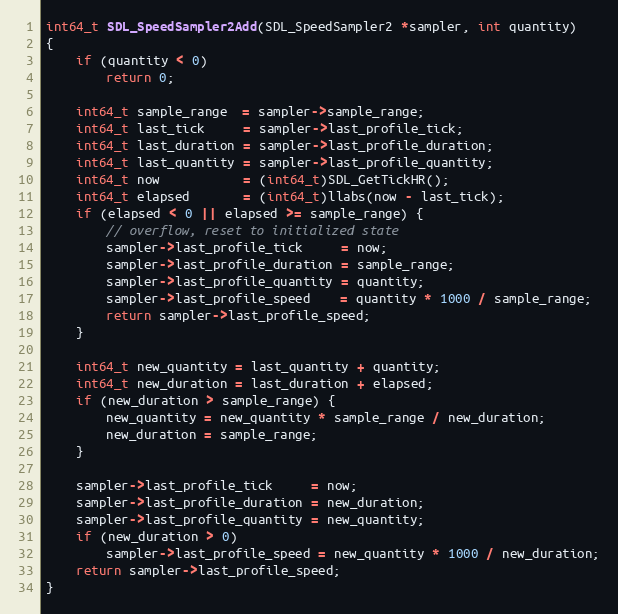
Language: C
int64_t SDL_SpeedSampler2Add(SDL_SpeedSampler2 *sampler, int quantity)
{
    if (quantity < 0)
        return 0;

    int64_t sample_range  = sampler->sample_range;
    int64_t last_tick     = sampler->last_profile_tick;
    int64_t last_duration = sampler->last_profile_duration;
    int64_t last_quantity = sampler->last_profile_quantity;
    int64_t now           = (int64_t)SDL_GetTickHR();
    int64_t elapsed       = (int64_t)llabs(now - last_tick);
    if (elapsed < 0 || elapsed >= sample_range) {
        // overflow, reset to initialized state
        sampler->last_profile_tick     = now;
        sampler->last_profile_duration = sample_range;
        sampler->last_profile_quantity = quantity;
        sampler->last_profile_speed    = quantity * 1000 / sample_range;
        return sampler->last_profile_speed;
    }

    int64_t new_quantity = last_quantity + quantity;
    int64_t new_duration = last_duration + elapsed;
    if (new_duration > sample_range) {
        new_quantity = new_quantity * sample_range / new_duration;
        new_duration = sample_range;
    }

    sampler->last_profile_tick     = now;
    sampler->last_profile_duration = new_duration;
    sampler->last_profile_quantity = new_quantity;
    if (new_duration > 0)
        sampler->last_profile_speed = new_quantity * 1000 / new_duration;
    return sampler->last_profile_speed;
}